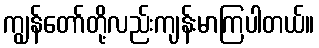
ကျွန်တော်တို့လည်းကျန်းမာကြပါတယ်။